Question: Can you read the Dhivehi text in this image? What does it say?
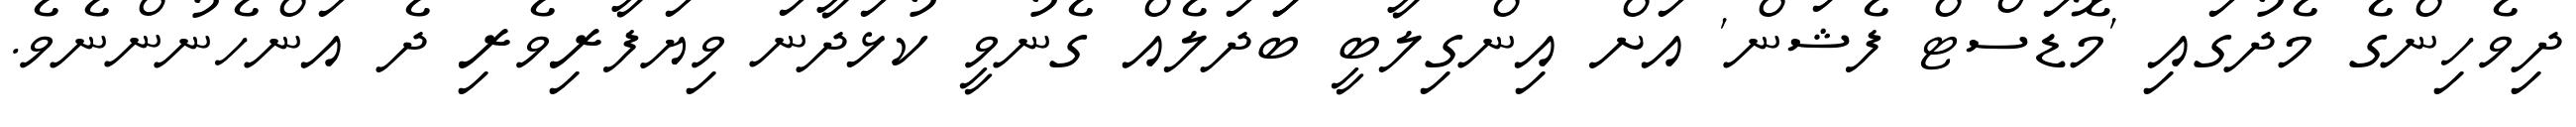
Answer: ދިވެހިންގެ މެދުގައި 'މޮޑަސްޓް ފެޝަން' އަށް އިންގިލާބީ ބަަދަލެއް ގެނުވީ ކުޅަދާނަ ވިޔަފާރިވެރި ދެ އަންހެނުންނެވެ.